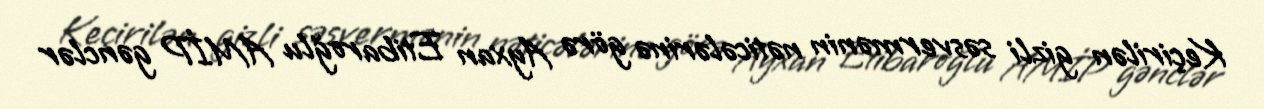
Keçirilən gizli səsvermənin nəticələrinə görə Ayxan Etibaroğlu AMİP gənclər